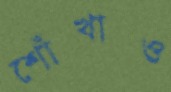
শোঁখাও